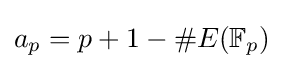
a_{p}=p+1-\#E(\mathbb {F} _{p})